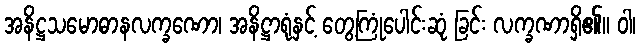
အနိဋ္ဌသမောဓာနလက္ခဏော၊ အနိဋ္ဌာရုံနှင့် တွေ့ကြုံပေါင်းဆုံ ခြင်း လက္ခဏာရှိ၏။ ဝါ၊